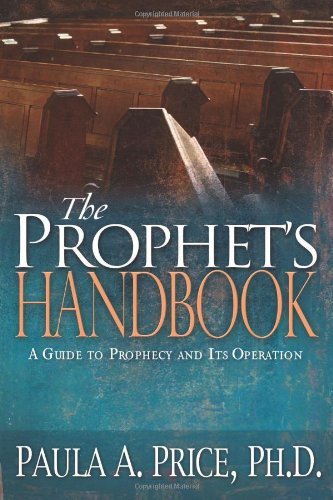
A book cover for Prophets Handbook; PRICE PAULA; Christian Books & Bibles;